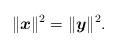
LaTeX: \begin{align*}\|\boldsymbol x\|^2= \|\boldsymbol y\|^2.\end{align*}